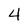
Character: 4